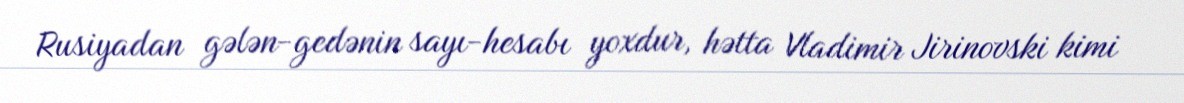
Rusiyadan gələn-gedənin sayı-hesabı yoxdur, hətta Vladimir Jirinovski kimi